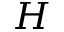
H